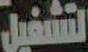
التشغيل